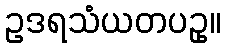
ဥဒရသံယတပဥှ။